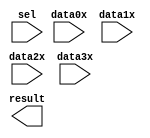
module multiplexer (
	data0x,
	data1x,
	data2x,
	data3x,
	sel,
	result);

	input	[7:0]  data0x;
	input	[7:0]  data1x;
	input	[7:0]  data2x;
	input	[7:0]  data3x;
	input	[1:0]  sel;
	output	[7:0]  result;

endmodule